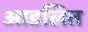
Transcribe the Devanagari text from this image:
आडलित